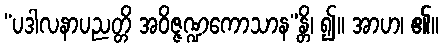
“ပဒါလနာပညတ္တိ အဝိဇ္ဇဏ္ဍကောသာန”န္တိ၊ ၍။ အာဟ၊ ၏။